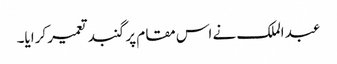
عبد الملک نے اس مقام پر گنبد تعمیر کرایا۔